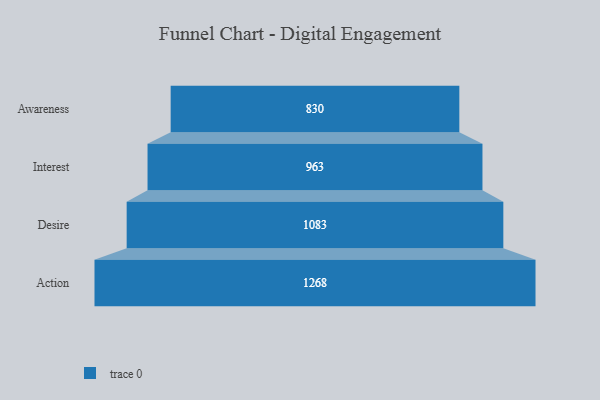
{"axis": {"x": "Stage", "y": "Value"}, "legend": [""], "data": [{"x": "Awareness", "y": 830.0, "type": ""}, {"x": "Interest", "y": 963.0, "type": ""}, {"x": "Desire", "y": 1083.0, "type": ""}, {"x": "Action", "y": 1268.0, "type": ""}]}